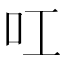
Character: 叿